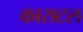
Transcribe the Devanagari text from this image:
कासटल